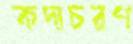
কদাচরণ